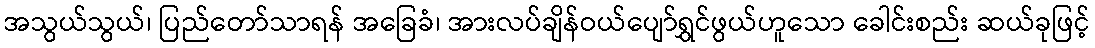
အသွယ်သွယ်၊ ပြည်တော်သာရန် အခြေခံ၊ အားလပ်ချိန်ဝယ်ပျော်ရွှင်ဖွယ်ဟူသော ခေါင်းစည်း ဆယ်ခုဖြင့်